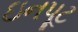
ઇનપૂટ